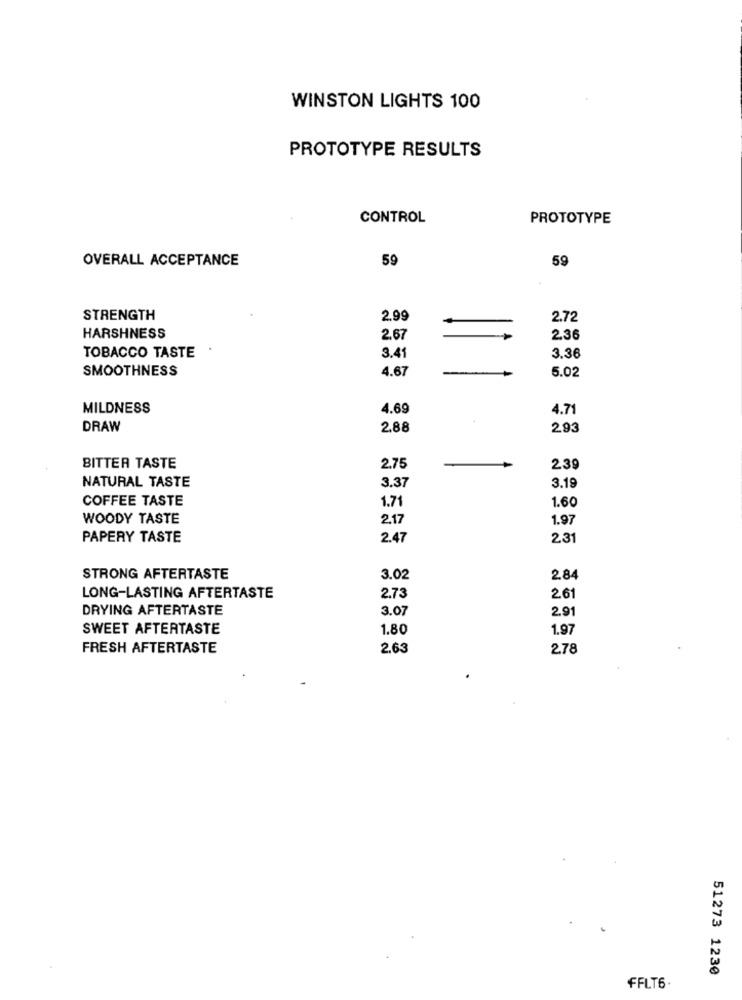
WINSTON LIGHTS 100
PROTOTYPE RESULTS
CONTROL
PROTOTYPE
OVERALL ACCEPTANCE
59
59
STRENGTH
2.99
2.72
HARSHNESS
2.67
2.36
TOBACCO TASTE
3.41
3.36
SMOOTHNESS
4.67
5.02
MILDNESS
4.69
4.71
DRAW
2,88
293
BITTER TASTE
2.75
239
NATURAL TASTE
3.37
3.19
COFFEE TASTE
1.71
1.60
WOODY TASTE
2.17
1.97
PAPERY TASTE
2.47
2.31
STRONG AFTERTASTE
3.02
284
LONG-LASTING AFTERTASTE
2.73
26
DRYING AFTERTASTE
3.07
2.9
SWEET AFTERTASTE
1.80
1.97
FRESH AFTERTASTE
2.63
2,78
51273 1230
FFLT6.